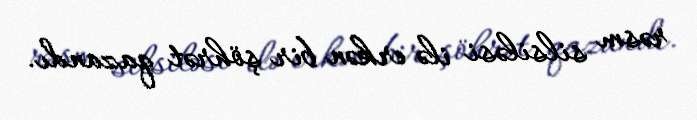
rəsm silsiləsi ilə erkən bir şöhrət qazandı.